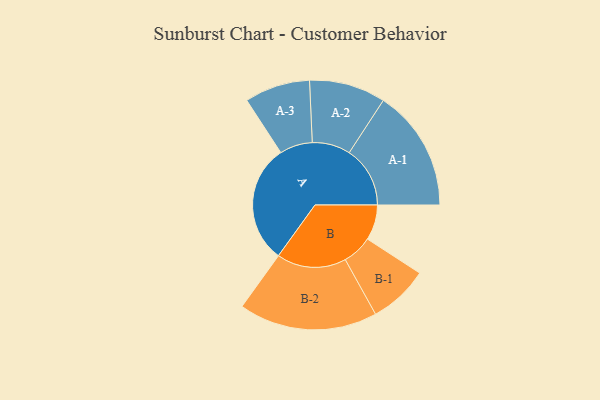
{"axis": {"x": "Segment", "y": "Value"}, "legend": ["", "A", "B"], "data": [{"x": "A", "y": 461, "type": ""}, {"x": "B", "y": 137, "type": ""}, {"x": "A-1", "y": 236, "type": "A"}, {"x": "A-2", "y": 148, "type": "A"}, {"x": "A-3", "y": 127, "type": "A"}, {"x": "B-1", "y": 116, "type": "B"}, {"x": "B-2", "y": 269, "type": "B"}]}